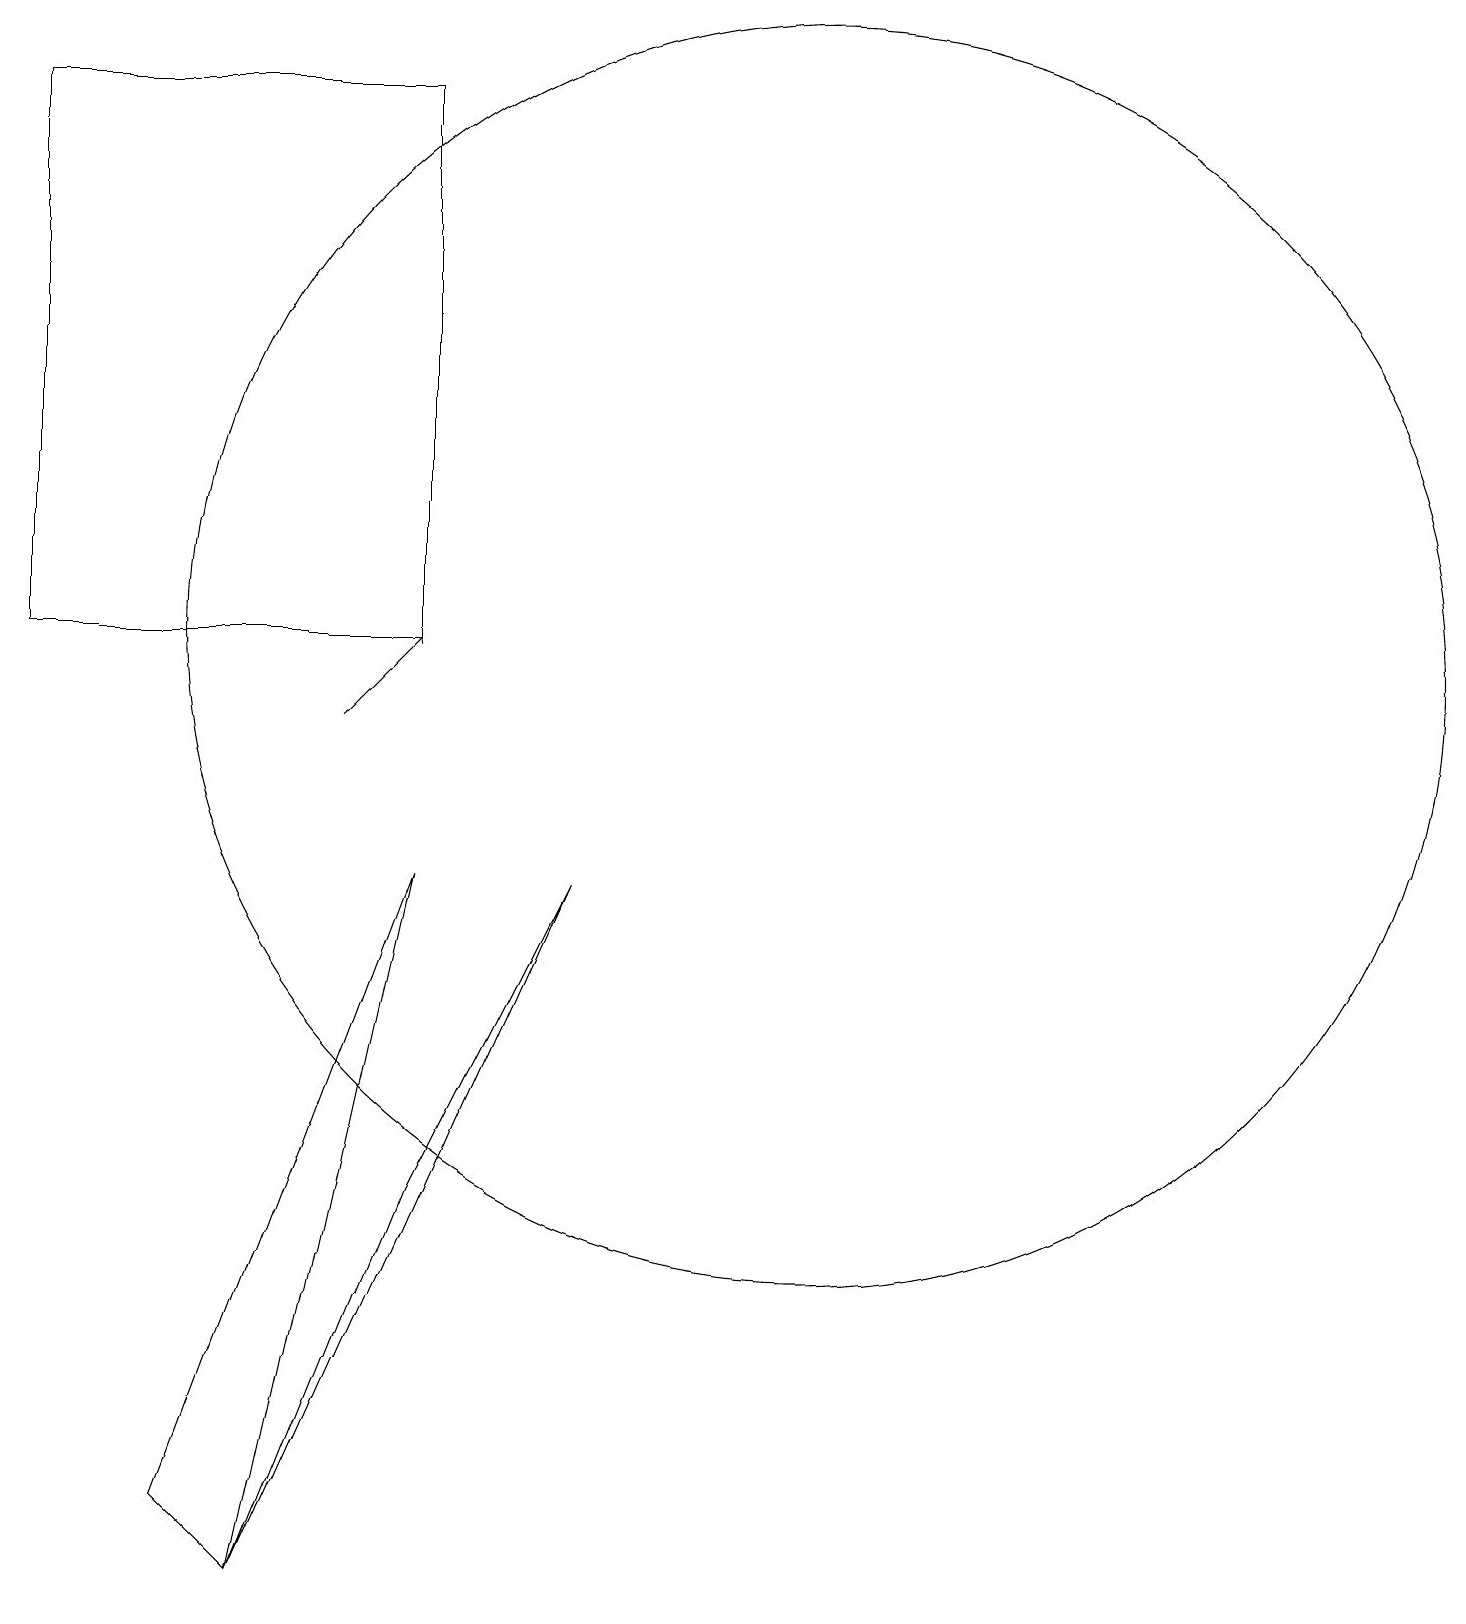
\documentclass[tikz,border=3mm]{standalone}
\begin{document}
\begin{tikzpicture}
\draw (0,12) rectangle (5,19);
\draw (10,12) circle (8);
\draw[->] (4,11) -- (5,12);
\draw (7,9) -- (3,0) -- (5,5) -- cycle;
\draw (5,9) -- (2,1) -- (3,0) -- cycle;
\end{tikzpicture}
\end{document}